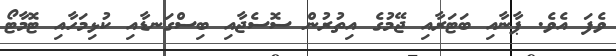
ވެފަ އެވެ. ޕާނާއި ބަޓަރާއި ޖޭމުގެ އިތުރުން ސޮސެޖާއި ބިސްގަނޑާއި ކުޅިމަހާއި ޓޮމާޓޯ